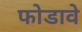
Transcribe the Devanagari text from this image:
फोडावे